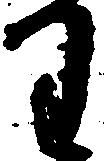
わ